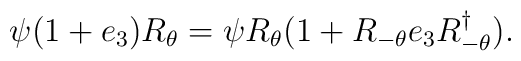
\psi (1+e_{3})R_{\theta }=\psi R_{\theta }(1+R_{-\theta }e_{3}R_{-\theta}^{\dagger }).